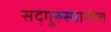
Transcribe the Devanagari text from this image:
सद्‌गुरुस्थानीच